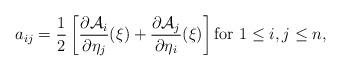
LaTeX: \begin{align*} a_{ij} = \frac{1}{2}\left[\frac{\partial \mathcal{A}_i}{\partial \eta_j} (\xi ) + \frac{\partial \mathcal{A}_j}{\partial \eta_i} (\xi ) \right] \mbox{for}\, \, 1 \leq i, j \leq n, \end{align*}